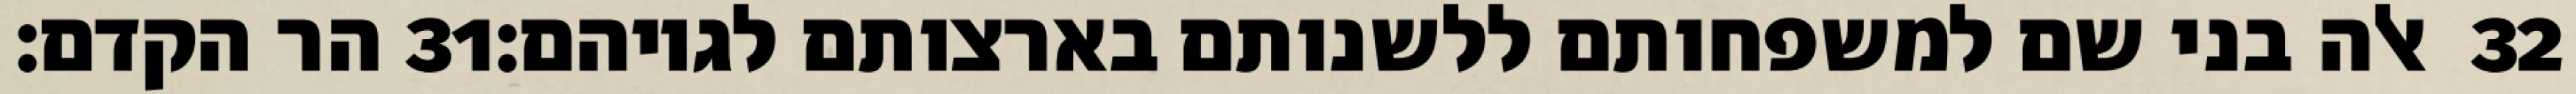
הר הקדם׃ ‎31‏ אלה בני שם למשפחותם ללשנותם בארצותם לגויהם׃ ‎32‏